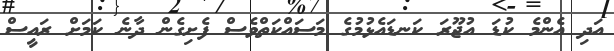
އަދި އެންމެ ކުޑަ އުޖޫރަ ކަނޑައެޅުމުގެ މަސައްކަތްވެސް ފެށިގެން ދާނެ ކަމަށް ރައީސް